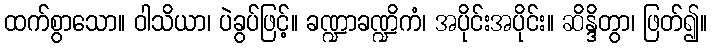
ထက်စွာသော။ ဝါသိယာ၊ ပဲခွပ်ဖြင့်။ ခဏ္ဍာခဏ္ဍိကံ၊ အပိုင်းအပိုင်း။ ဆိန္ဒိတွာ၊ ဖြတ်၍။